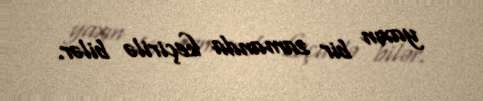
yaxın bir zamanda keçirilə bilər.